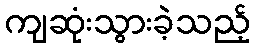
ကျဆုံးသွားခဲ့သည့်